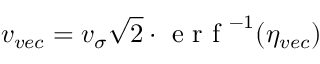
v _ { v e c } = v _ { \sigma } \sqrt { 2 } \cdot { } \textrm { e r f } ^ { - 1 } ( \eta _ { v e c } )